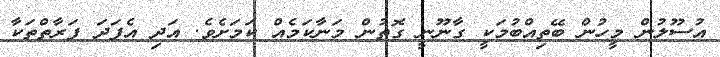
އުސޫލުން މީހުން ބޭތިއްބުމަކީ ގާނޫނީ ގޮތުން މަނާކަމެއް ކަމަށެވެ. އަދި އެފަދަ ފަރާތްތަކާ